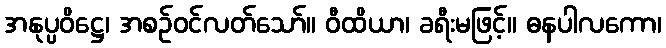
အနုပ္ပဝိဋ္ဌေ၊ အစဉ်ဝင်လတ်သော်။ ဝီထိယာ၊ ခရီးမဖြင့်။ ဓနပါလကော၊